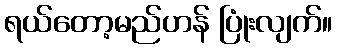
ရယ်တော့မည်ဟန် ပြုံးလျက်။